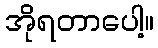
အိုရတာပေါ့။